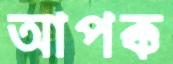
আপক্ক